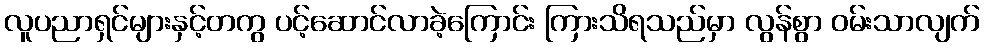
လူပညာရှင်များနှင့်တကွ ပင့်ဆောင်လာခဲ့ကြောင်း ကြားသိရသည်မှာ လွန်စွာ ဝမ်းသာလျက်